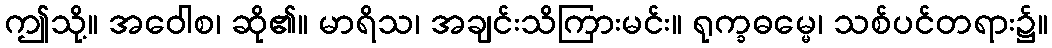
ဤသို့။ အဝေါစ၊ ဆို၏။ မာရိသ၊ အချင်းသိကြားမင်း။ ရုက္ခဓမ္မေ၊ သစ်ပင်တရား၌။